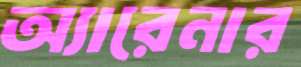
অ্যারেনার